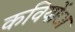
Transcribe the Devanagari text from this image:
कवियोंा